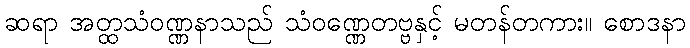
ဆရာ အတ္ထသံဝဏ္ဏနာသည် သံဝဏ္ဏေတဗ္ဗနှင့် မတန်တကား။ စောဒနာ